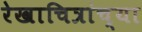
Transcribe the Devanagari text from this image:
रेखाचित्रांच्या